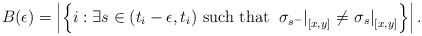
\begin{align*}B(\epsilon)=\left|\left\{ i:\exists s\in(t_{i}-\epsilon,t_{i})\mbox{ such that }\left.\sigma_{s^{-}}\right|_{[x,y]}\ne\left.\sigma_{s}\right|_{[x,y]}\right\} \right|.\end{align*}